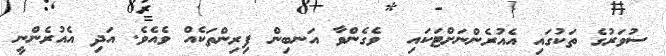
ސުވަރުގެ ތަކުގައި އެއުރެންނަށްޓަކައި  ވެގެންވާ އަނބިން ފިރިންތަކެއް ވެއެވެ. އަދި އެއުރެންނީ